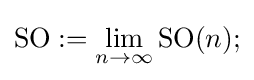
\operatorname {SO} :=\lim _{n\rightarrow \infty }\operatorname {SO} (n);